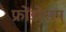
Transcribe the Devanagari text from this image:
फ्रोंडोसम